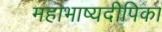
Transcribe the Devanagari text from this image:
महाभाष्यदीपिका